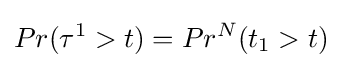
Pr(\tau ^{1}>t)=Pr^{N}(t_{1}>t)